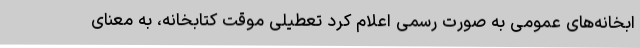
ابخانه‌های عمومی به صورت رسمی اعلام کرد تعطیلی موقت کتابخانه، به معنای